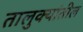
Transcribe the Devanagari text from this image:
तालुक्‍यांतील